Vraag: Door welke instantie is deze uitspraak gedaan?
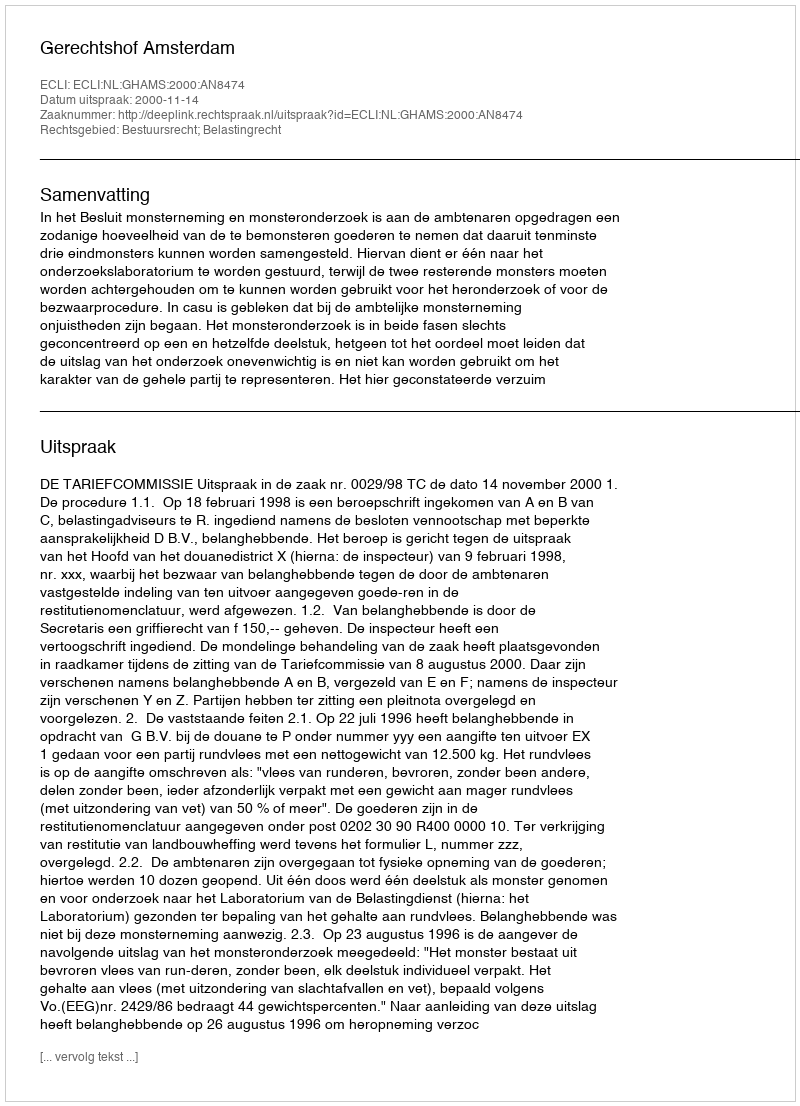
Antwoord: Gerechtshof Amsterdam